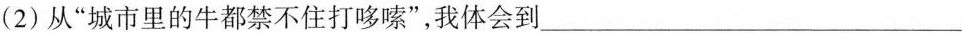
(2)从”城市里的牛都禁不住打哆嗦”，我体会到___